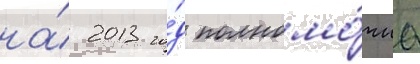
на́ 2013 го́д полномо́чиа